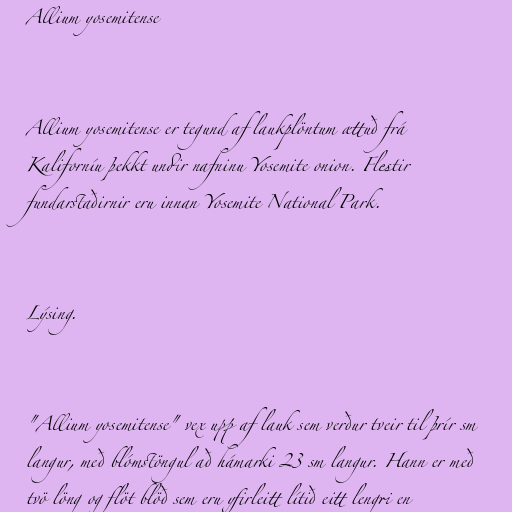
Allium yosemitense

Allium yosemitense er tegund af laukplöntum ættuð frá
Kaliforníu þekkt undir nafninu Yosemite onion. Flestir
fundarstaðirnir eru innan Yosemite National Park.

Lýsing.

"Allium yosemitense" vex upp af lauk sem verður tveir til þrír sm
langur, með blómstöngul að hámarki 23 sm langur. Hann er með
tvö löng og flöt blöð sem eru yfirleitt lítið eitt lengri en